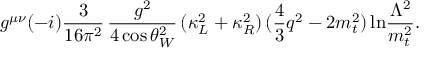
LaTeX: g ^ { \mu \nu } ( - i ) \frac { 3 } { 1 6 \pi ^ { 2 } } \, \frac { g ^ { 2 } } { 4 \cos \theta _ { W } ^ { 2 } } \, ( \kappa _ { L } ^ { 2 } + \kappa _ { R } ^ { 2 } ) \, ( \frac { 4 } { 3 } q ^ { 2 } - 2 m _ { t } ^ { 2 } ) \, \mathrm { l n } \frac { \Lambda ^ { 2 } } { m _ { t } ^ { 2 } } .